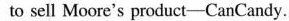
to sell Moore's product-CanCandy.